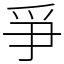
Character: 爭